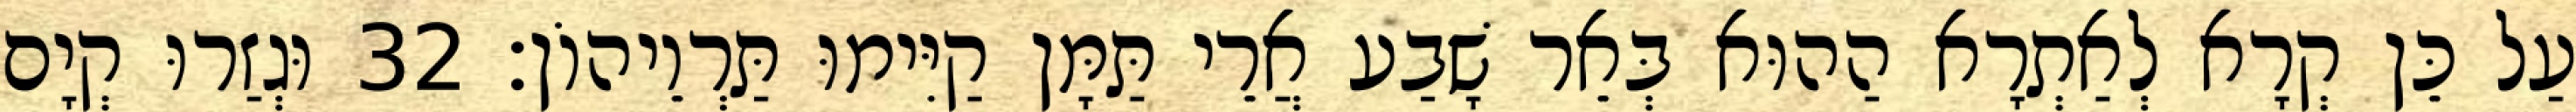
עַל כֵּן קְרָא לְאַתְרָא הַהוּא בְּאֵר שָׁבַע אֲרֵי תַּמָּן קַיִּימוּ תַּרְוֵיהוֹן׃ 32 וּגְזַרוּ קְיָם